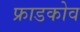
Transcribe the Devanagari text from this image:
फ्राडकोव